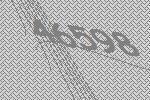
46598